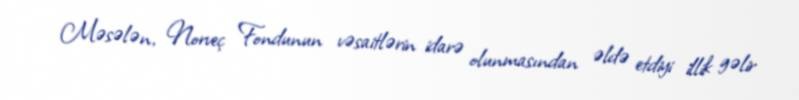
Məsələn, Norveç Fondunun vəsaitlərin idarə olunmasından əldə etdiyi illik gəlir